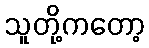
သူတို့ကတော့